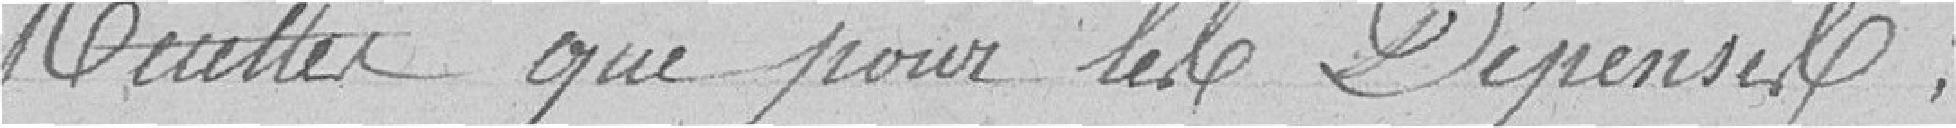
Reutter que pour les Dépenses.